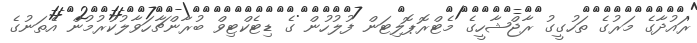
ރައުދާގެ މަރުގެ ތަހުގީގު ރާޖްޝާހީގެ މެޓްރޮޕޮލިޓަން ފުލުހުން ގެ ޑިޓެކްޓިވް ބުރާންޗާހަވާލުކުރުމުން އެތަނުގެ